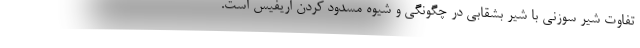
تفاوت شیر سوزنی با شیر بشقابی در چگونگی و شیوه مسدود کردن اریفیس است.